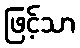
ဖြင့်သာ